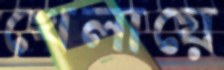
খেলায়ে